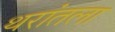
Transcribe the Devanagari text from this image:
थरांतला